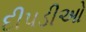
દીપડીઓ